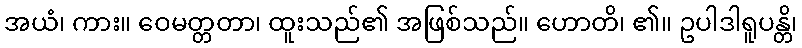
အယံ၊ ကား။ ဝေမတ္တတာ၊ ထူးသည်၏ အဖြစ်သည်။ ဟောတိ၊ ၏။ ဥပါဒါရူပန္တိ၊